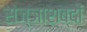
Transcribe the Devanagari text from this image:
संज्ञाशब्दों